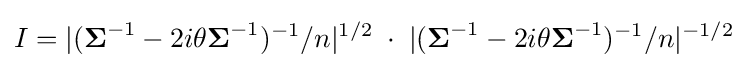
I=|({\boldsymbol {\Sigma }}^{-1}-2i\theta {\boldsymbol {\Sigma }}^{-1})^{-1}/n|^{1/2}\;\cdot \;|({\boldsymbol {\Sigma }}^{-1}-2i\theta {\boldsymbol {\Sigma }}^{-1})^{-1}/n|^{-1/2}